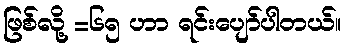
ဖြစ်လို့ =၆၅ ဟာ ရင်းပျော်ပါတယ်။